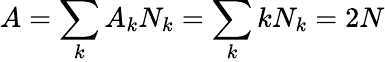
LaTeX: A=\sum_{k}A_{k}N_{k}=\sum_{k}kN_{k}=2N